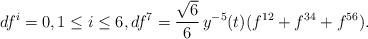
LaTeX: \begin{align*} df^i=0, 1\leq i\leq 6, df^7=\frac{\sqrt{6}}{6}\,y^{-5}(t)(f^{12}+f^{34}+f^{56}).\end{align*}